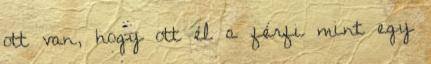
ott van, hogy ott él a férfi mint egy